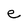
Character: e